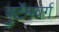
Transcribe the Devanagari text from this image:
वुर्टेमवर्ग